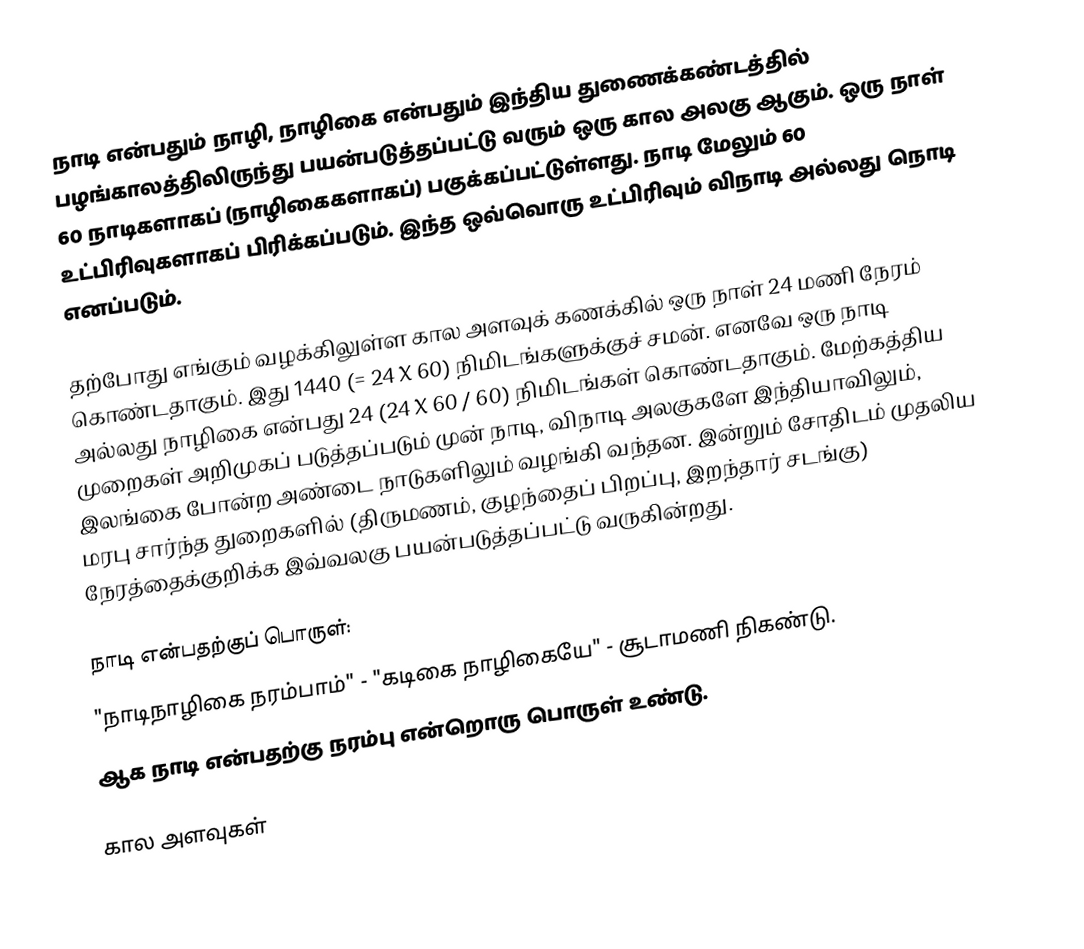
நாடி என்பதும் நாழி, நாழிகை என்பதும் இந்திய துணைக்கண்டத்தில் பழங்காலத்திலிருந்து பயன்படுத்தப்பட்டு வரும் ஒரு கால அலகு ஆகும். ஒரு நாள் 60 நாடிகளாகப் (நாழிகைகளாகப்) பகுக்கப்பட்டுள்ளது. நாடி மேலும் 60 உட்பிரிவுகளாகப் பிரிக்கப்படும். இந்த ஒவ்வொரு உட்பிரிவும் விநாடி அல்லது நொடி எனப்படும்.

தற்போது எங்கும் வழக்கிலுள்ள கால அளவுக் கணக்கில் ஒரு நாள் 24 மணி நேரம் கொண்டதாகும். இது 1440 (= 24 X 60) நிமிடங்களுக்குச் சமன். எனவே ஒரு நாடி அல்லது நாழிகை என்பது  24 (24 X 60 / 60) நிமிடங்கள் கொண்டதாகும்.  மேற்கத்திய முறைகள் அறிமுகப் படுத்தப்படும் முன் நாடி, விநாடி அலகுகளே இந்தியாவிலும், இலங்கை போன்ற அண்டை நாடுகளிலும் வழங்கி வந்தன. இன்றும் சோதிடம் முதலிய மரபு சார்ந்த துறைகளில் (திருமணம், குழந்தைப் பிறப்பு, இறந்தார் சடங்கு) நேரத்தைக்குறிக்க இவ்வலகு பயன்படுத்தப்பட்டு வருகின்றது.

நாடி என்பதற்குப் பொருள்:
"நாடிநாழிகை நரம்பாம்" - "கடிகை நாழிகையே" - சூடாமணி நிகண்டு.
ஆக நாடி என்பதற்கு நரம்பு என்றொரு பொருள் உண்டு.

கால அளவுகள்